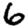
Digit: 6